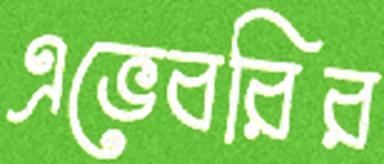
এভেবরির